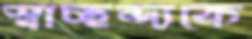
স্বাচ্ছন্দ্যকে